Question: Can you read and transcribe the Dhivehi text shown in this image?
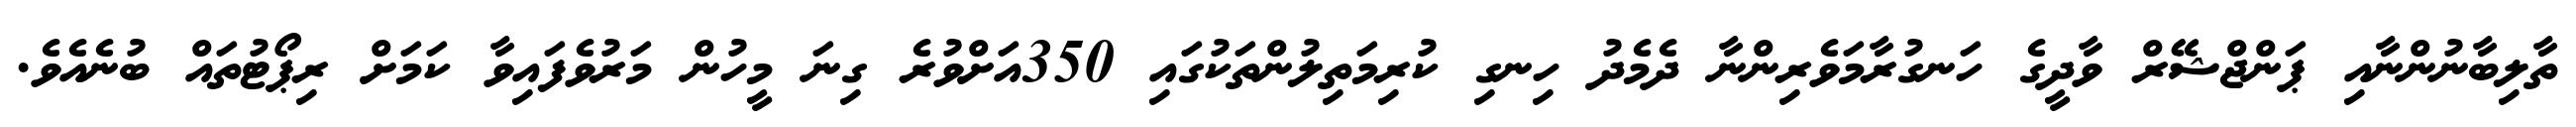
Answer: ތާލިބާނުންނާއި ޕަންޖްޝޭރް ވާދީގެ ހަނގުރާމަވެރިންނާ ދެމެދު ހިނގި ކުރިމަތިލުންތަކުގައި 350އަށްވުރެ ގިނަ މީހުން މަރުވެފައިވާ ކަމަށް ރިޕޯޓުތައް ބުނެއެވެ.